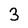
Character: 3